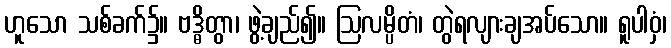
ဟူသော သစ်ခက်၌။ ဗဒ္ဓိတွာ၊ ဖွဲ့ချည်၍။ ဩလမ္ပိတံ၊ တွဲရလျားချအပ်သော။ ရူပါဝှံ၊